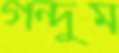
গন্দুম